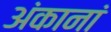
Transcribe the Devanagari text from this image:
अंकानां